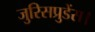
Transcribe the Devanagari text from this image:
जुरिसप्रुडेंस।